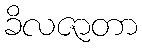
ခိလဇာတာ